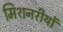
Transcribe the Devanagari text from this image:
मिशनरीयों